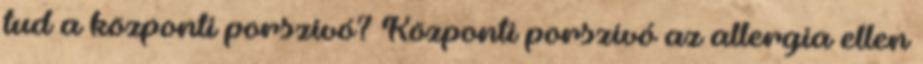
tud a központi porszívó? Központi porszívó az allergia ellen